Scottish Leaving Certificate Examination, 1956
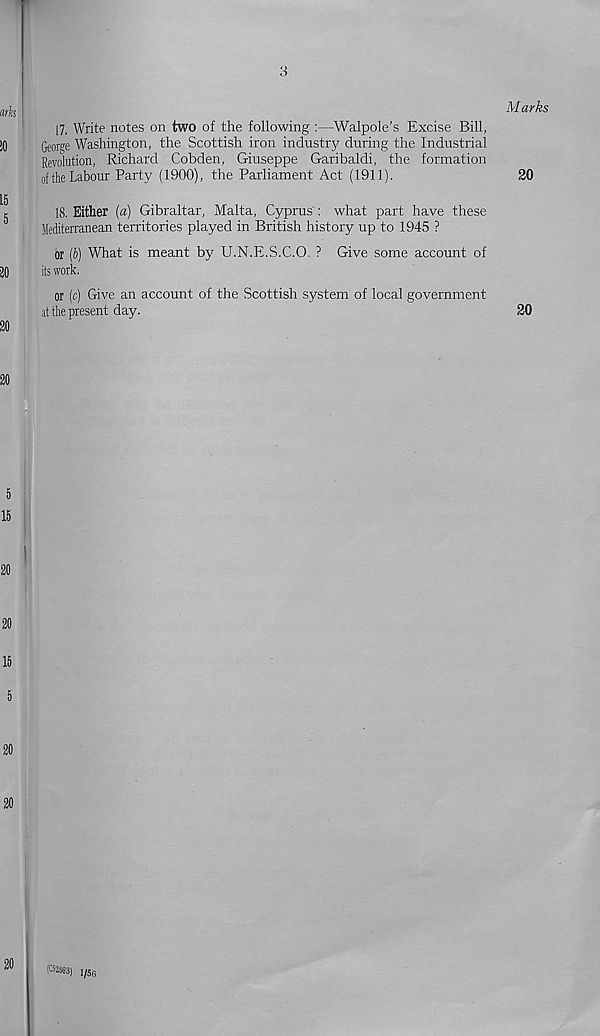
3
17. Write notes on two of the following :—Walpole’s Excise Bill,
George Washington, the Scottish iron industry during the Industrial
Revolution, Richard Cobden, Giuseppe Garibaldi, the formation
of the Labour Party (1900), the Parliament Act (1911).
18. Either (a) Gibraltar, Malta, Cyprus': what part have these
Mediterranean territories played in British history up to 1945 ?
or (h) What is meant by U.N.E.S.C.O. ? Give some account of
its work.
or (c) Give an account of the Scottish system of local government
at the present day.
20
Marks
20
(C52363) 1/56